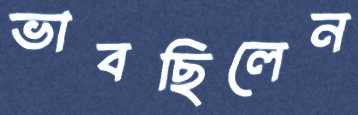
ভাবছিলেন